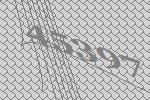
45397